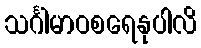
သင်္ဂါမာဝစရေနုပါလိ